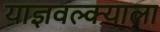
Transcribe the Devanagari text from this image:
याज्ञवल्क्याला